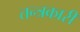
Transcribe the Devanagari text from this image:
तन्त्रकारी